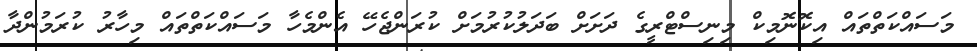
މަސައްކަތްތައް އިކޮނޮމިކް މިނިސްޓްރީގެ ދަށަށް ބަދަލުކުރުމަށް ކުރަންޖެހޭ އެންމެހާ މަސައްކަތްތައް މިހާރު ކުރަމުންދާ